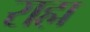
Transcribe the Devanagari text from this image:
राह्म